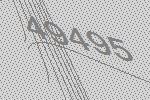
49495